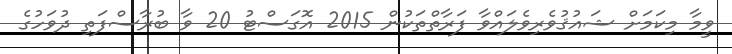
ވީމާ މިކަމަށް ޝައުޤުވެރިވެލައްވާ ފަރާތްތަކުން 2015 އޮގަސްޓު 20 ވާ ބުރާސްފަތި ދުވަހުގެ